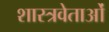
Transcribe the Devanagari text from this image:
शास्त्रवेताओं